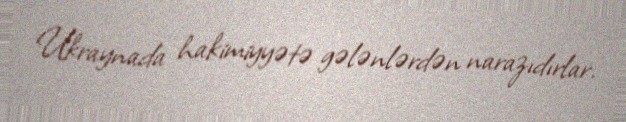
Ukraynada hakimiyyətə gələnlərdən narazıdırlar.